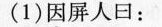
(1)因屏人口：